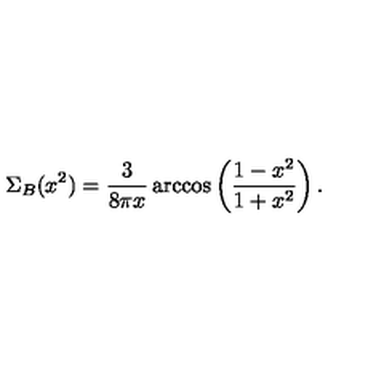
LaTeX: \Sigma _ { B } ( x ^ { 2 } ) = \frac { 3 } { 8 \pi x } \arccos \left( \frac { 1 - x ^ { 2 } } { 1 + x ^ { 2 } } \right) .